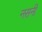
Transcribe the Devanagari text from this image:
नसनी